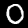
Label: 0